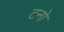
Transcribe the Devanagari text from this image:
टनो